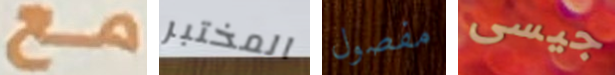
مع المختبر مفصول جيسى